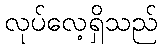
လုပ်လေ့ရှိသည်